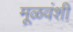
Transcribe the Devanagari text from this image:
मूळवंशी